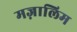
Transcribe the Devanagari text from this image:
मज़ालिम